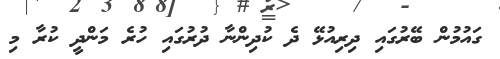
ގައުމުން ބޭރުގައި ދިރިއުޅޭ ދެ ކުދިންނާ ދުރުގައި ހުރެ މަންދީ ކުރާ މި